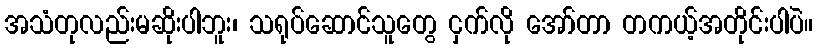
အသံတုလည်းမဆိုးပါဘူး၊ သရုပ်ဆောင်သူတွေ ငှက်လို အော်တာ တကယ့်အတိုင်းပါပဲ။